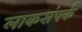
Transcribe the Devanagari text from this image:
लाकसंपर्क